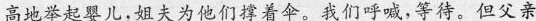
高地举起婴儿，姐夫为他们撑着伞。我们呼喊，等待。但父亲